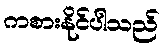
ကစားနိုင်ပါသည်